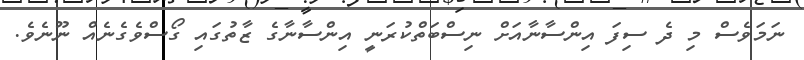
ނަމަވެސް މި ދެ ސިފަ އިންސާނާއަށް ނިސްބަތްކުރަނީ އިންސާނާގެ ޒާތުގައި ގޯސްވެގެނެއް ނޫނެވެ.